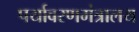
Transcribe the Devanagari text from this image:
पर्यावरणमंत्रालय